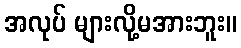
အလုပ် များလို့မအားဘူး။